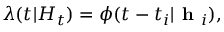
\lambda ( t | H _ { t } ) = \phi ( t - t _ { i } | \textbf { h } _ { i } ) ,